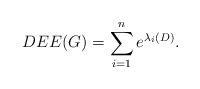
LaTeX: \begin{align*}DEE(G)=\sum_{i=1}^ne^{\lambda_i(D)}.\end{align*}